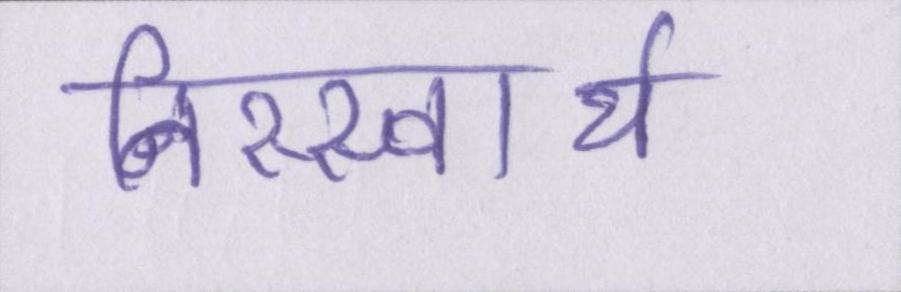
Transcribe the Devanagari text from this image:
निस्स्वार्थ